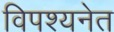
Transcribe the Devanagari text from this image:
विपश्यनेत